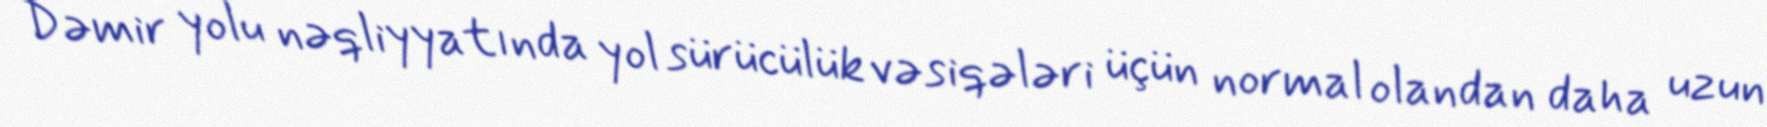
Dəmir yolu nəqliyyatında yol sürücülük vəsiqələri üçün normal olandan daha uzun